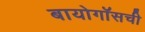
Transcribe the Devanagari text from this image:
बायोगॉसची